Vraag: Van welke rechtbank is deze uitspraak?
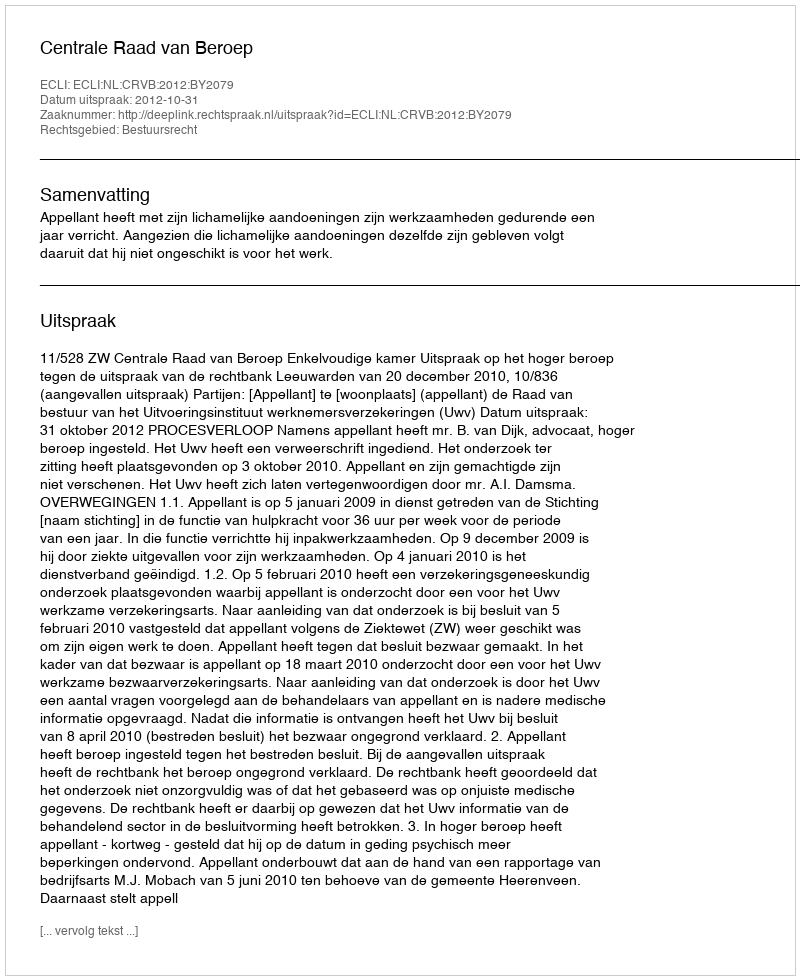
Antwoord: Centrale Raad van Beroep